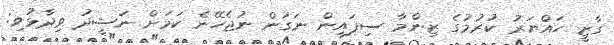
ގާޒީ ހައްޔަރު ކުރުމުގެ ޒިންމާ ސިފައިން ނަގަން ނުޖެހޭނެ ކަމަށް ނަޝީދު ވިދާޅުވި: